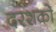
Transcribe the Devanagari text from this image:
दरशको